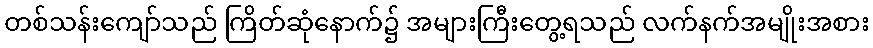
တစ်သန်းကျော်သည် ကြိတ်ဆုံနောက်၌ အများကြီးတွေ့ရသည် လက်နက်အမျိုးအစား